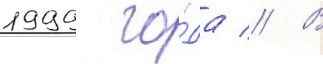
1999 го́да // В